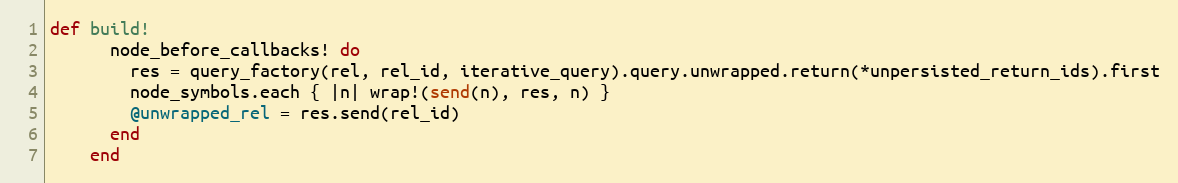
Language: Ruby
def build!
      node_before_callbacks! do
        res = query_factory(rel, rel_id, iterative_query).query.unwrapped.return(*unpersisted_return_ids).first
        node_symbols.each { |n| wrap!(send(n), res, n) }
        @unwrapped_rel = res.send(rel_id)
      end
    end